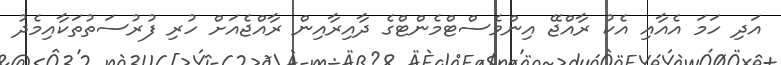
އަދި ހަމަ އެއާއި އެކު ރާއްޖޭ އިންވެސްޓްމެންޓްގެ ދާއިރާއިން ރާއްޖެއަށް ހުރި ފުރުސަތުތަކާއިމެދު